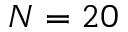
N = 2 0